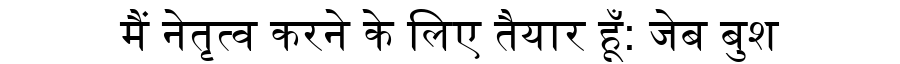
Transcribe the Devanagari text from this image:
मैं नेतृत्व करने के लिए तैयार हूँ: जेब बुश